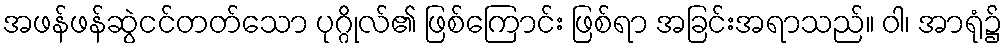
အဖန်ဖန်ဆွဲငင်တတ်သော ပုဂ္ဂိုလ်၏ ဖြစ်ကြောင်း ဖြစ်ရာ အခြင်းအရာသည်။ ဝါ၊ အာရုံ၌